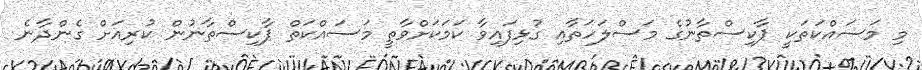
މި މަސައްކަތަކީ ޕާކިސްތާނުގެ މަސްލަހަތާއި ގުޅިފައިވާ ކަމަކަށްވާތީ މަސައްކަތް ޕާކިސްތާނުން ކުރިއަށް ގެންދާނެ